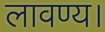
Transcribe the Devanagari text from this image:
लावण्य।